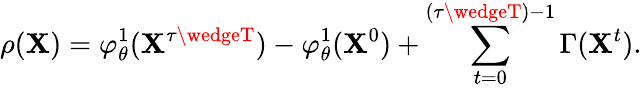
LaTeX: \rho(\mathbf{X})=\varphi_{\theta}^{1}(\mathbf{X}^{\tau\wedgeT})-\varphi_{\theta}^{1}(\mathbf{X}^{0})+\sum_{t=0}^{(\tau\wedgeT)-1}\Gamma(\mathbf{X}^{t}).